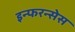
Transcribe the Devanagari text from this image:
इन्फरन्सेस